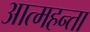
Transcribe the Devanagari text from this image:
आत्महन्ता